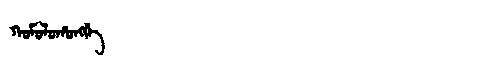
Manchu: ᡴᠣᠮᠣᠯᠣᡥᠣᠩᡤᡝ
Romanization: KOMOLOHONGGE